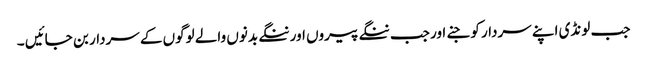
جب لونڈی اپنے سردار کو جنے اور جب ننگے پیروں اور ننگے بدنوں والے لوگوں کے سردار بن جائیں ۔